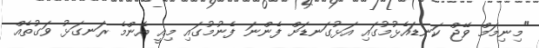
"މިނިމަމް ވޭޖް ކަނޑައެޅުމުގައި އަޅުގަނޑަށް ފެންނަ ފެނުމުގައި މިއީ އެންމެ ރަނގަޅު ވަގުތެއް